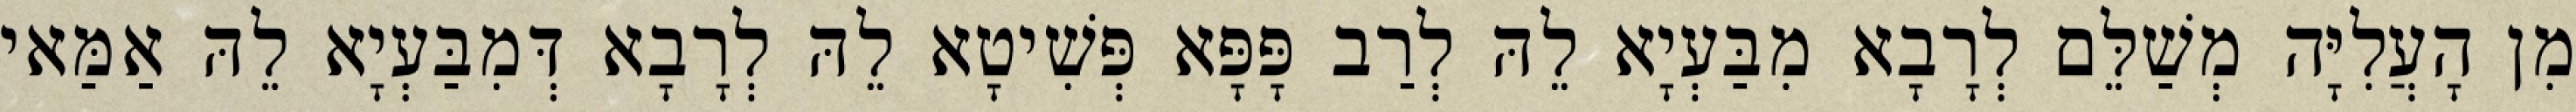
מִן הָעֲלִיָּה מְשַׁלֵּם לְרָבָא מִבַּעְיָא לֵהּ לְרַב פָּפָּא פְּשִׁיטָא לֵהּ לְרָבָא דְּמִבַּעְיָא לֵהּ אַמַּאי